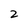
Character: 2